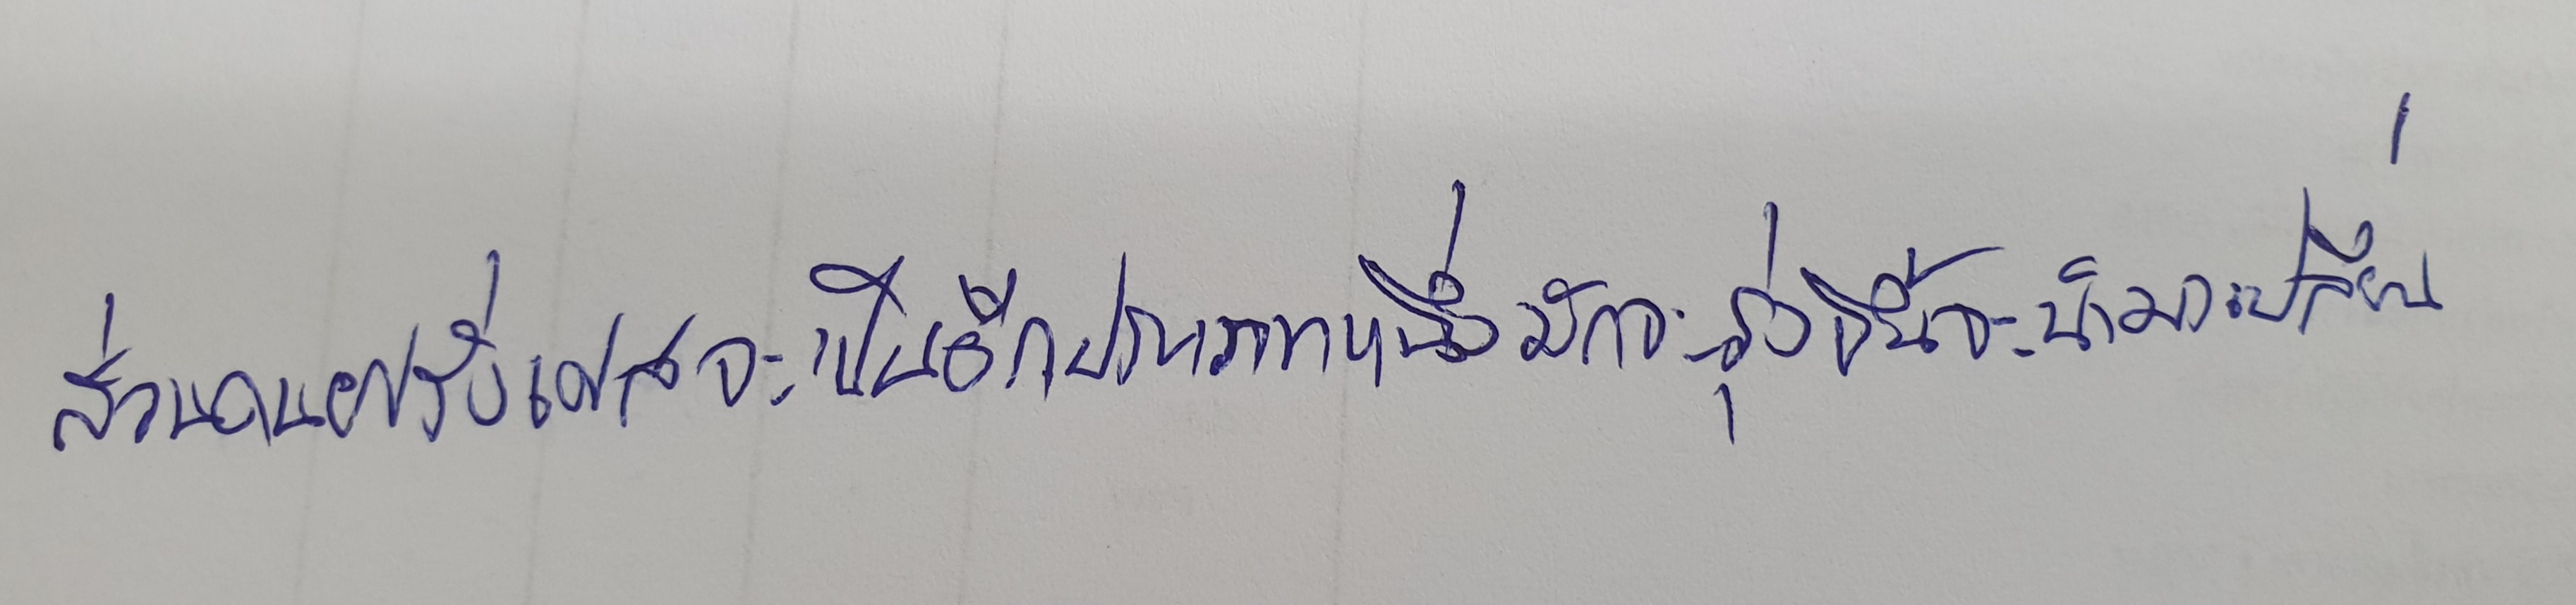
ส่วนคนฝรั่งเศสจะเป็นอีกประเภทหนึ่งมักจะรุ่งขึ้นจะนำมาเปลี่ยน